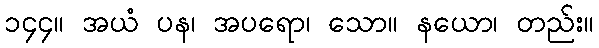
၁၄၄။ အယံ ပန၊ အပရော၊ သော။ နယော၊ တည်း။